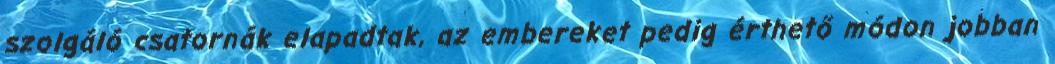
szolgáló csatornák elapadtak, az embereket pedig érthető módon jobban